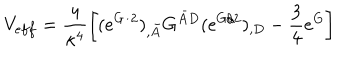
V _ { e f f } = \frac { 4 } { \kappa ^ { 4 } } \left[ ( e ^ { G / 2 } ) _ { , \bar { A } } G ^ { \bar { A } D } ( e ^ { G / 2 } ) _ { , D } - \frac { 3 } { 4 } e ^ { G } \right]